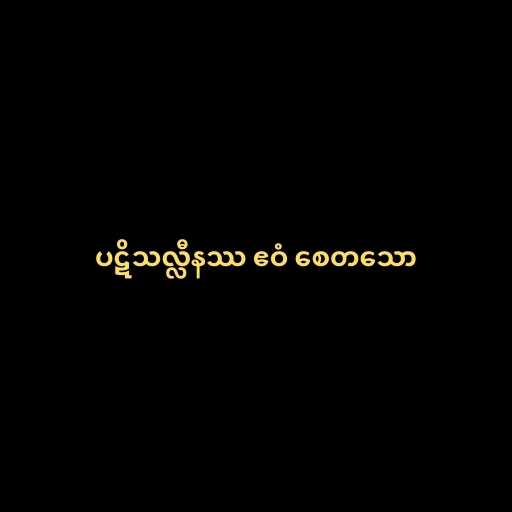
ပဋိသလ္လီနဿ ဧဝံ စေတသော